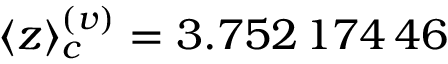
\langle z \rangle _ { c } ^ { ( v ) } = 3 . 7 5 2 \, 1 7 4 \, 4 6